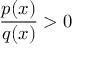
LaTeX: { \frac { p ( x ) } { q ( x ) } } > 0